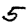
Digit: 5